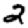
Digit: 2